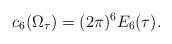
LaTeX: \begin{align*}c_6(\Omega_{\tau})=(2\pi)^6 E_6(\tau).\end{align*}